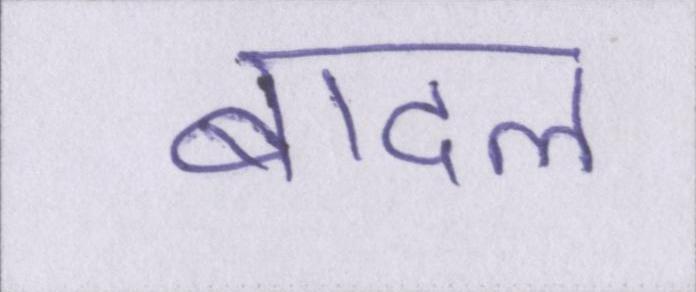
बादल